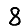
Digit: 8